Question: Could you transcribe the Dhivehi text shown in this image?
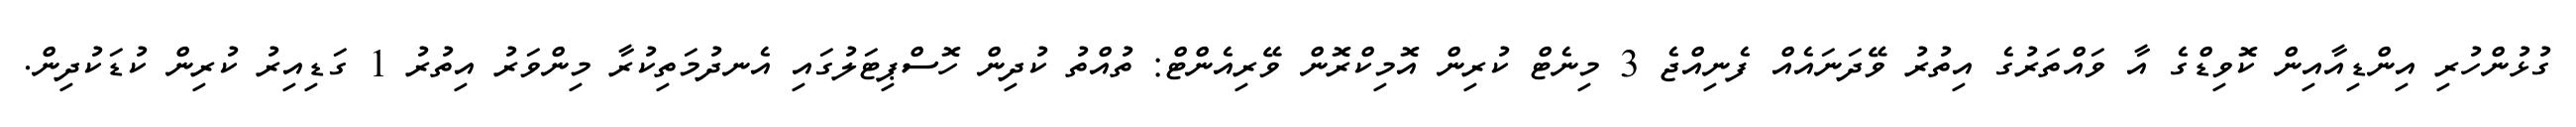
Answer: ގުޅުންހުރި އިންޑިއާއިން ކޮވިޑްގެ އާ ވައްތަރުގެ އިތުރު ވޭދަނައެއް ފެނިއްޖެ 3 މިނެޓް ކުރިން އޮމިކްރޮން ވޭރިއެންޓް: ތުއްތު ކުދިން ހޮސްޕިޓަލުގައި އެނދުމަތިކުރާ މިންވަރު އިތުރު 1 ގަޑިއިރު ކުރިން ކުޑަކުދިން.